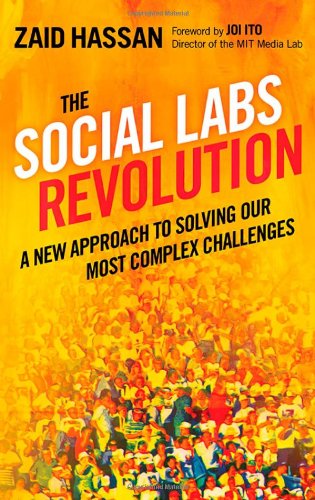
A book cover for The Social Labs Revolution: A New Approach to Solving our Most Complex Challenges; Zaid Hassan; Politics & Social Sciences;